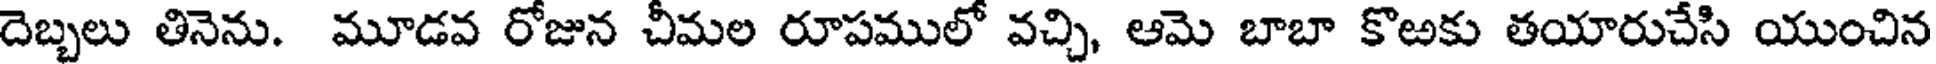
దెబ్బలు తినెను. మూడవ రోజున చీమల రూపములో వచ్చి, ఆమె బాబా కొఱకు తయారుచేసి యుంచిన